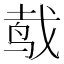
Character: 𱉧